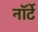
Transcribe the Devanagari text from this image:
नॉर्टे